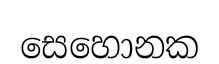
සෙහොනක